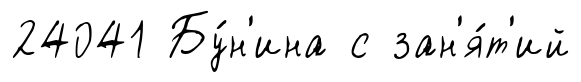
24041 Бу́н'ина с зан'я́т'ий